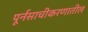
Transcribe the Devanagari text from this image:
पूर्नसाचीकरणातील